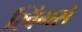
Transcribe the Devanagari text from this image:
स्विंगर्स